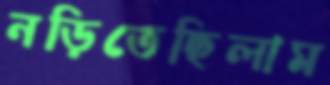
নড়িতেছিলাম